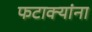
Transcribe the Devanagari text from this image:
फटाक्यांना